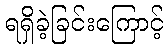
ရရှိခဲ့ခြင်းကြောင့်